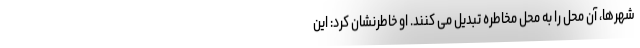
شهرها، آن محل را به محل مخاطره تبدیل می کنند. او خاطرنشان کرد: این